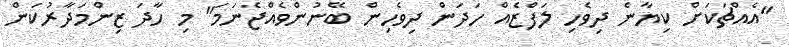
"އެއްޗަކަށް ކިޔާނެ ދިވެހި ލަފްޒެއް ހަދަން ދިވެހިން ބޭނުންވެއްޖެނަމަ" މި ހާދަ ޒިންމަދާރުކަން